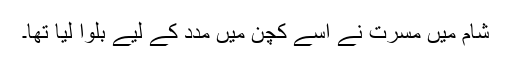
شام میں مسرت نے اسے کچن میں مدد کے لیے بلوا لیا تھا۔